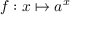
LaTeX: f : x \mapsto a ^ { x }